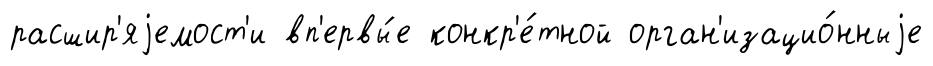
расшир'яjемост'и вп'ервы́е конкр'е́тной орган'изацио́нныjе